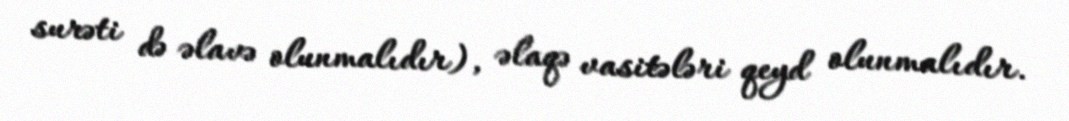
surəti də əlavə olunmalıdır), əlaqə vasitələri qeyd olunmalıdır.